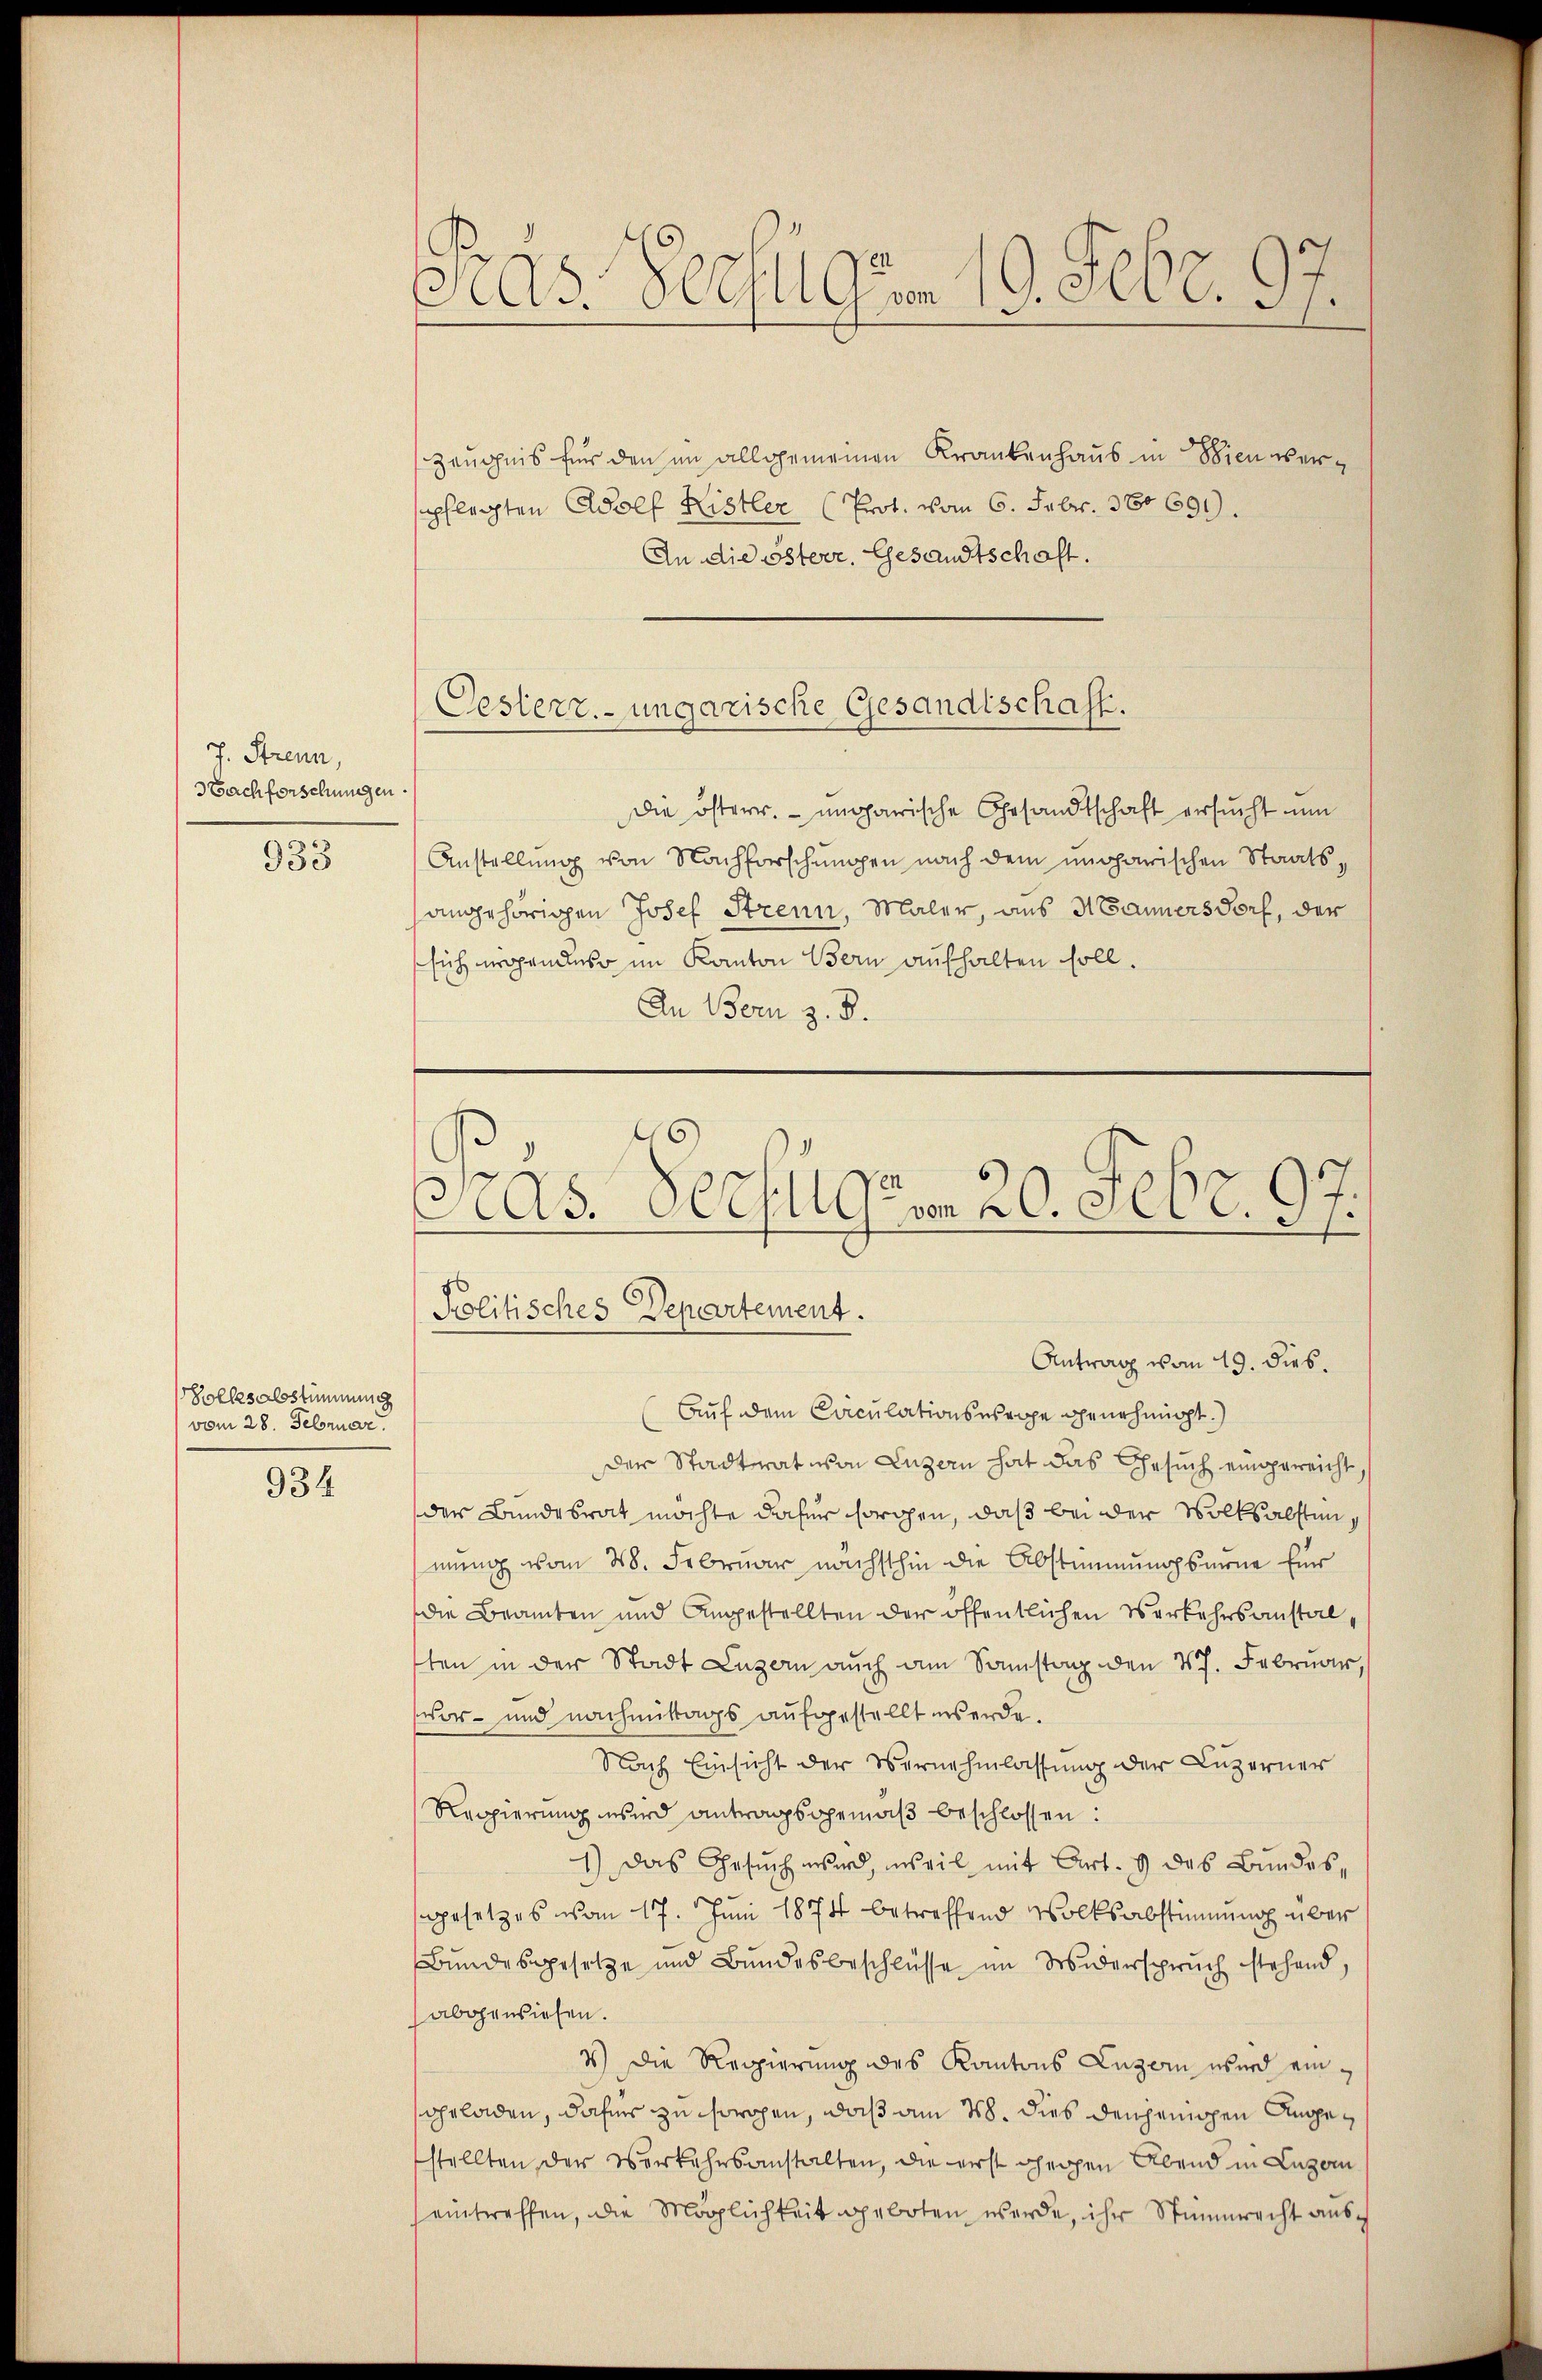
J. Strenn,
Nachforschungen.
933

Sollesalsstimmung
vom 28. Februar.

934

Präs. Becht dem 19. Febr. 97.

Zeugnis für den im allgemeinen Krankenhaus in Wien verepflegten Adolf Ristler (Prot. vom 6. Febr. 380691).
An die österr. Gesandtschaft.

Oesterr.-ungarische Gesandtschaft.

die österr. ungarische Gesandtschaft ersucht um
Anstellung von Nachforschungen nach dem ungarischen Staatshangehörigen Josef Strenn, Maler, aus Manners Torf, der
sich nahendes im Kanton Bern aufhalten soll.
An Bern z. B.
Pras Verfügen 20. Febr. 97.
Kolitisches Departement.

Auf dem Caculationswege genehmigt.
der Stadtrat von Luzern hat das Gesuch eingereicht, s
der Bundesrat möchte dafür sorgen, daß bei der Volksalstunmung vom 28. Februar nächsthin die Abstimmungsmene für
die Beamten und Angestellten der öffentlichen Verkehrsanstalten in der Stadt Luzern auch am Samstag den 27. Februar,
vor- und nachmittags aufgestellt werde.
Nach Einsicht der Vernehmlassung der Luzerner
Regierung wird antragsgemäß beschlossen:
1) Das Gesŭch wird, weil mit Art. 9 des Bundessgesetzes vom 17. Juni 1874 betreffend Volksabstimmung über
Bundesgesetze und Bundesbeschlüsse im Widerspruch stehend,
abgewiesen.
4.) Die Regierung des Kantons Luzern wird eingeladen, dahiers zu sorogen, daß am 28. dies denjenigen Angestellten, der Verkehrsanstalten, die erst gegen Abend in Luzern
eintreffen, die Möglichkeit geboten werde, ihr Stimmrecht aus¬

Antrag vom 19. dies.